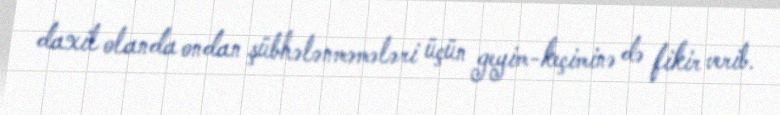
daxil olanda ondan şübhələnməmələri üçün geyim-keçiminə də fikir verib.